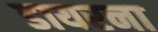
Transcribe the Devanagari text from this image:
डायरना